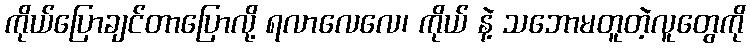
ကိုယ်ပြောချင်တာပြောလို့ ရလာလေလေ၊ ကိုယ် နဲ့ သဘောမတူတဲ့လူတွေကို